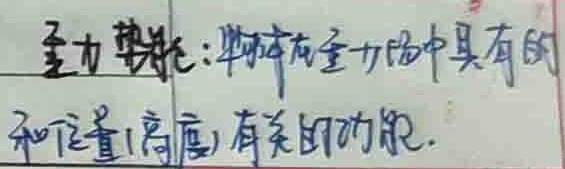
重力势能：物体在重力场中具有的
和位置(高度)有关的能量.